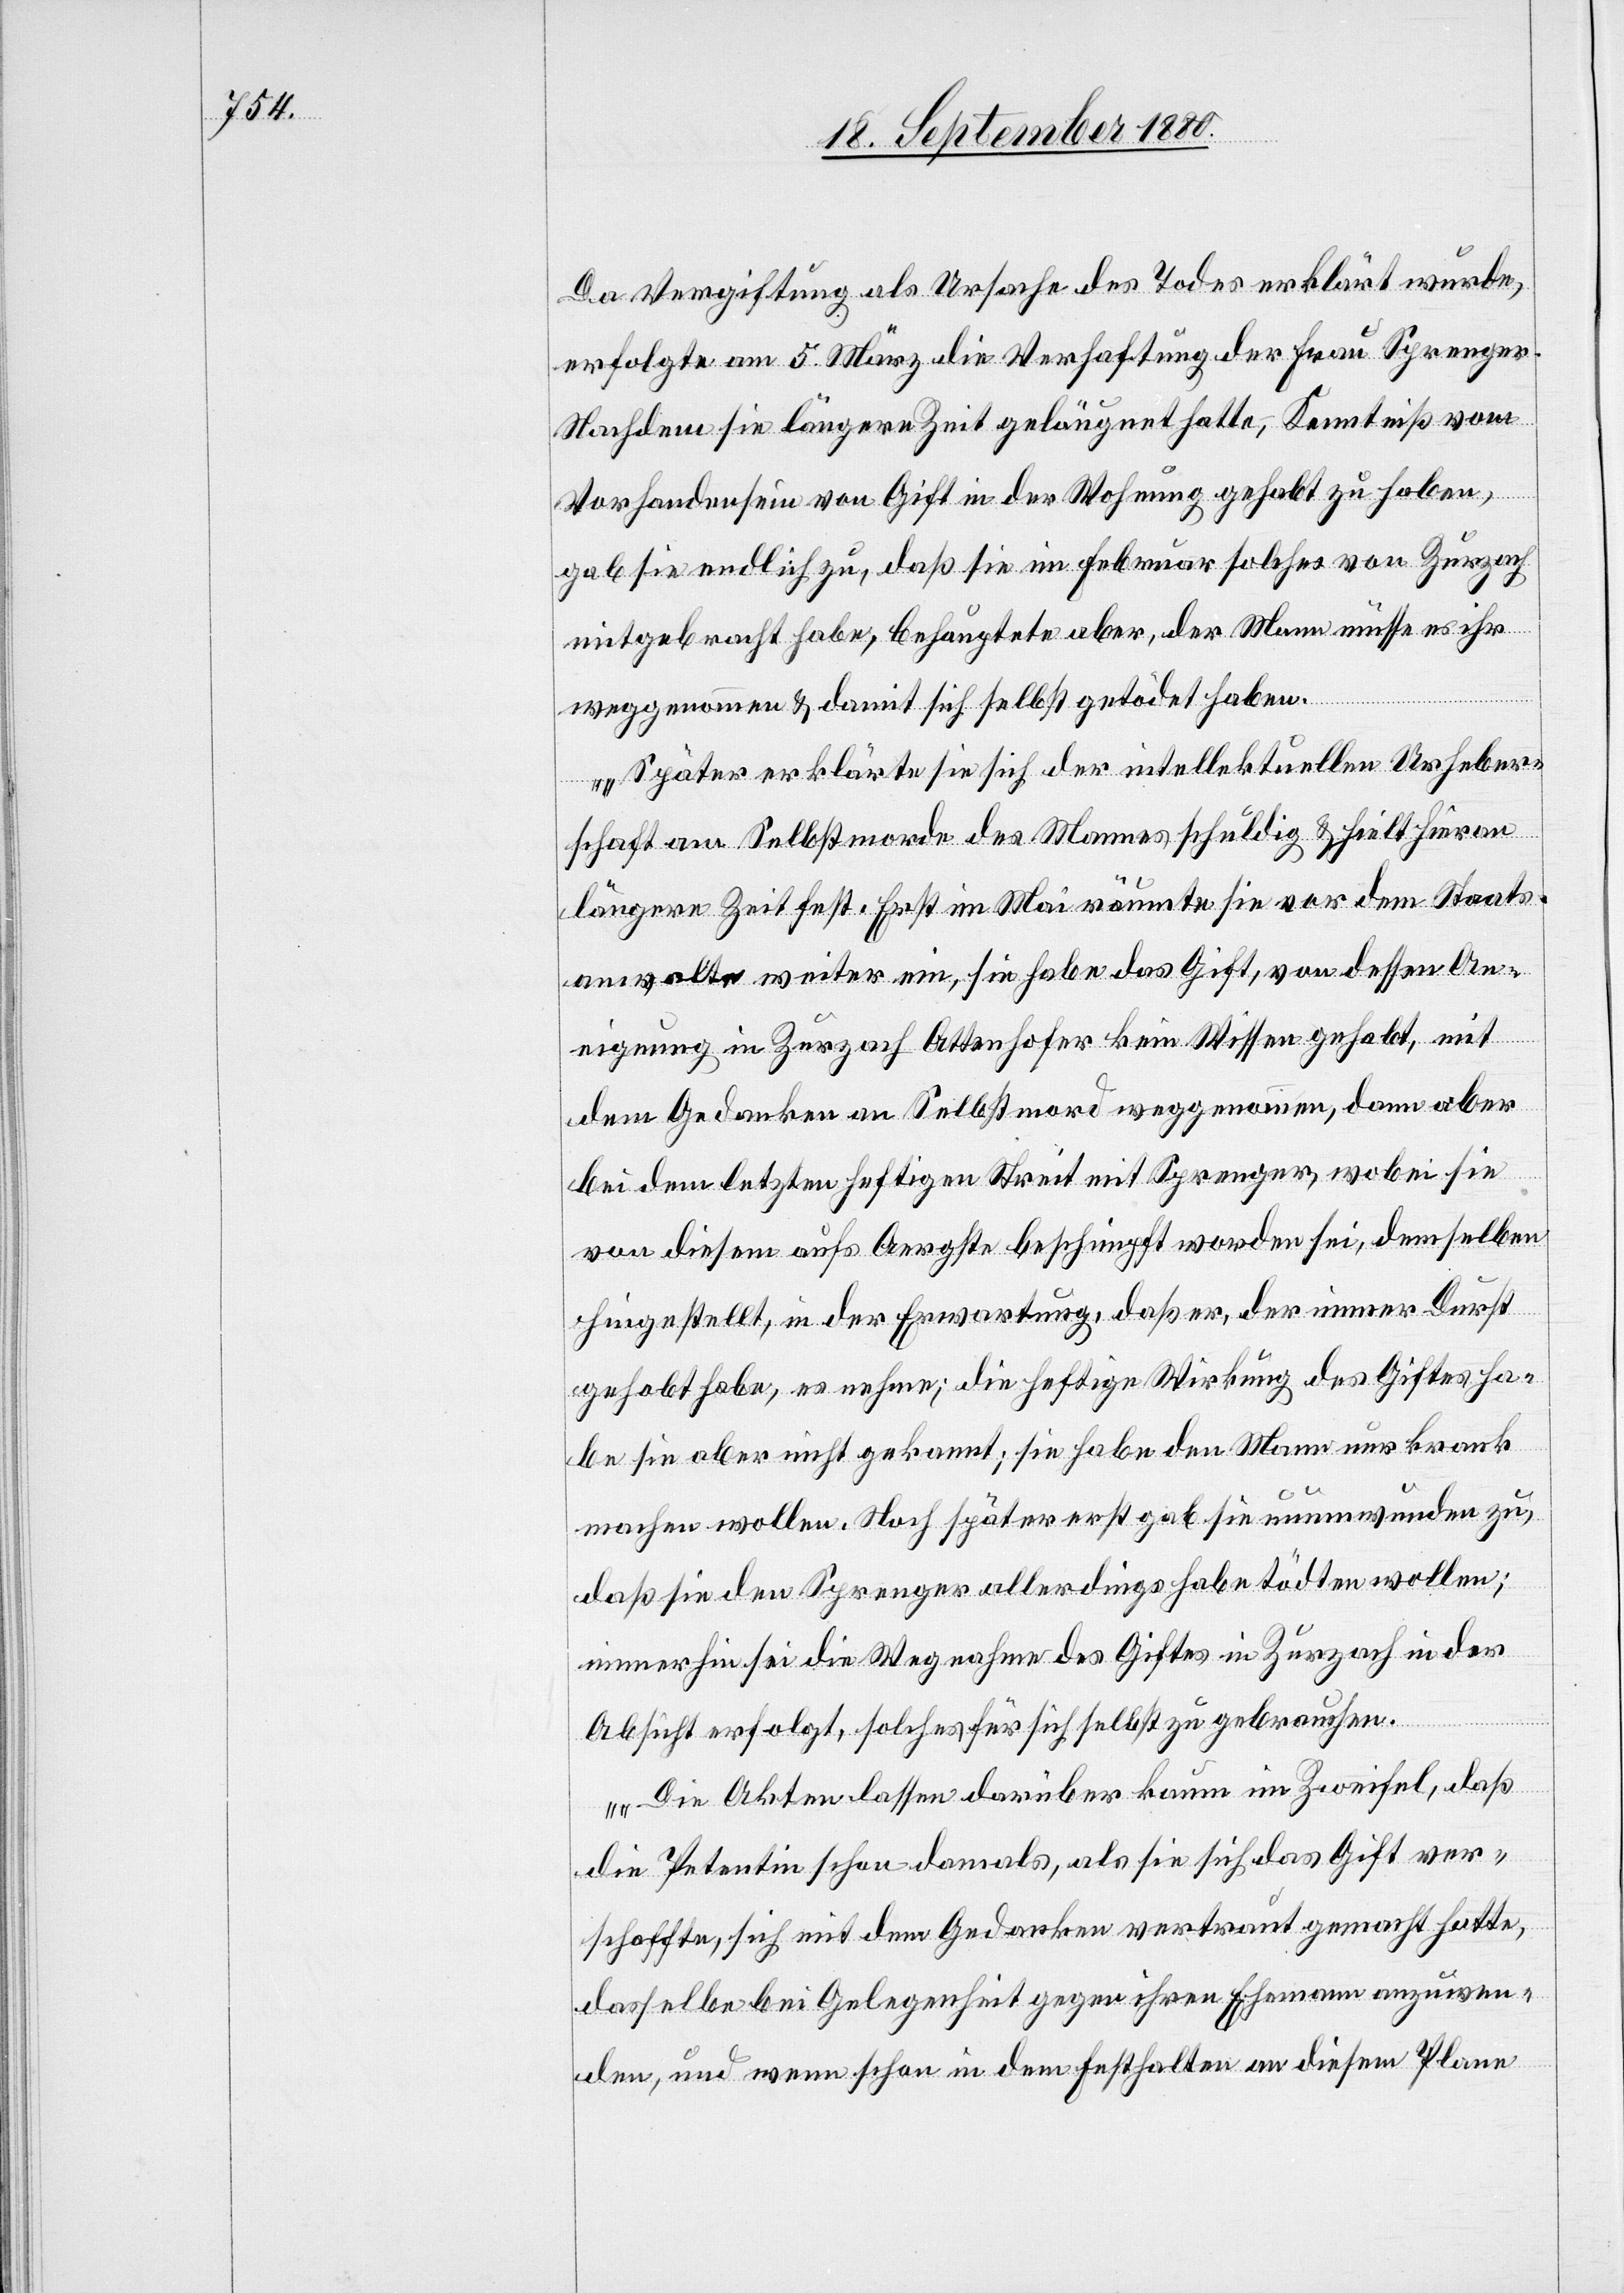
Da Vergiftung als Ursache des Todes erklärt wurde,
erfolge am 5. März die Verhaftung der Frau Sprenger.
Nachdem sie längere Zeit geleugnet hatte, Kenntniß vom
Vorhandensein von Gift in der Wohnung gehabt zu haben,
gab sie endlich zu, daß sie im Februar solches von Zurzach
mitgebracht habe, behauptete aber, der Mann müsse es ihr
weggenommen & damit sich selbst getödet haben.
Später erklärte sie sich der intellektuellen Urheber¬
schaft am Selbstmorde des Mannes schuldig & hielt hieran
längere Zeit fest. Erst im Mai räumte sie vor dem Staats¬
anwalt weiter ein, sie habe das Gift von dessen An¬
eignung in Zurzach Attenhofer kein Wissen gehabt, mit
dem Gedanken an Selbstmord weggenommen, dann aber
bei dem letzten heftigen Streit mit Sprenger, wobei sie
von diesem aufs Aergste beschimpft worden sei, demselben
hingestellt, in der Erwartung, daß er, der immer Durst
gehabt habe, es nehme; die heftige Wirkung des Giftes ha¬
be sie aber nicht gekannt; sie habe den Mann nur krank
machen wollen. Noch später gab sie unumwunden zu,
daß sie den Sprenger allerdings habe tödten wollen;
immerhin sei die Wegnahme des Giftes in Zurzach in der
Absicht erfolgt, solches für sich selbst zu gebrauchen.
Die Akten lassen darüber kaum im Zweifel, daß
die Petentin schon damals, als sie sich das Gift ver¬
schaffte, sich mit dem Gedanken vertraut gemacht hatte,
dasselbe bei Gelegenheit gegen ihren Ehemann anzuwen¬
den, und wenn schon in dem Festhalten an diesem Plane